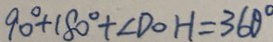
9 0 ^ { \circ } + 1 8 0 ^ { \circ } + \angle D O H = 3 6 0 ^ { \circ }